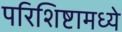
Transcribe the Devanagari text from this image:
परिशिष्टामध्ये